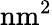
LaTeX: \mathrm{nm^{2}}